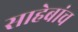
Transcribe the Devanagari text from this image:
साहेबांच